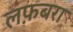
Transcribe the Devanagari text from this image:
लफ़बरा